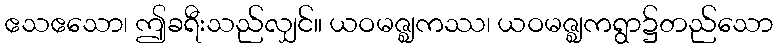
ဧသဧသော၊ ဤခရီးသည်လျှင်။ ယဝမဇ္ဈကဿ၊ ယဝမဇ္ဈကရွာ၌တည်သော